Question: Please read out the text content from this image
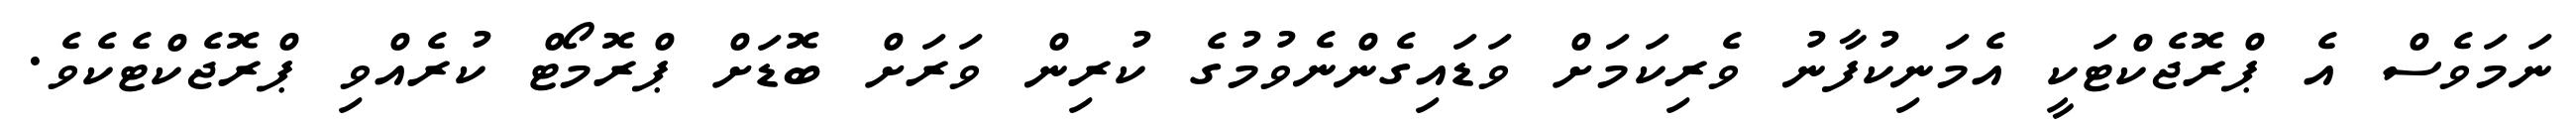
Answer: ނަމަވެސް އެ ޕްރޮޖެކްޓަކީ އެމަނިކުފާނު ވެރިކަމަށް ވަޑައިގެންނެވުމުގެ ކުރިން ވަރަށް ބޮޑަށް ޕްރޮމޯޓް ކުރެއްވި ޕްރޮޖެކްޓެކެވެ.